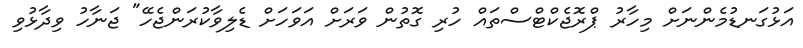
އަޅުގަނޑުމެންނަށް މިހާރު ޕްރޮޖެކްޓްސްތައް ހުރި ގޮތުން ވަރަށް އަވަހަށް ޑެލިވާކުރަންޖެހޭ" ޖަނާހު ވިދާޅުވި